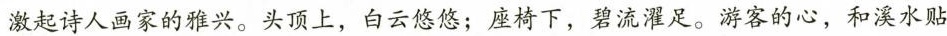
激起诗人画家的雅兴。头顶上，白云悠悠；座椅下，碧流濯足。游客的心，和溪水贴